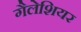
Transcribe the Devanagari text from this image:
गैलेशियर